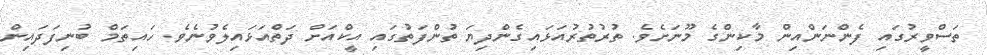
ތަސްވީރުގައި ފެންނަންއިން މާކިންގެ މޫނަށެވެ. ތުރުތުރުއަޅައިގެންދިޔަ ތުންފަތުގައި އީކްއަށް ދަތްއަޅައިލެވުނެވެ. ހައިތަމް ބުނިފަދައިން